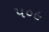
૫૦૯